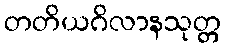
တတိယဂိလာနသုတ္တ